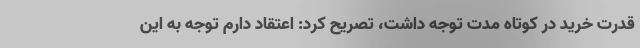
قدرت خرید در کوتاه مدت توجه داشت، تصریح کرد: اعتقاد دارم توجه به این